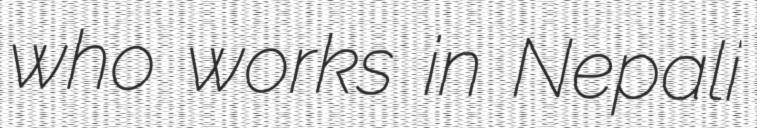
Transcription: who works in Nepali